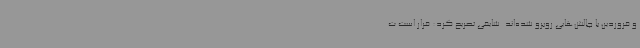
و فروردین با چالش‌هایی روبرو شده‌اند. شایقی تصریح کرد: قرار است ت